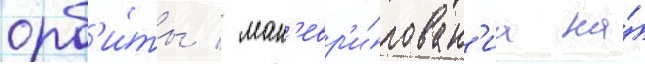
орб'и́ты / ман'евр'и́рован'иа на́